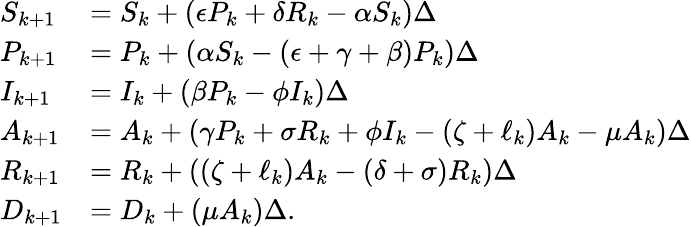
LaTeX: \begin{array}{ll}{S_{k+1}}&{=S_{k}+(\epsilon P_{k}+\delta R_{k}-\alpha S_{k})\Delta}\\ {P_{k+1}}&{=P_{k}+(\alpha S_{k}-(\epsilon+\gamma+\beta)P_{k})\Delta}\\ {I_{k+1}}&{=I_{k}+(\beta P_{k}-\phi I_{k})\Delta}\\ {A_{k+1}}&{=A_{k}+(\gamma P_{k}+\sigma R_{k}+\phi I_{k}-\left(\zeta+\ell_{k}\right)A_{k}-\mu A_{k})\Delta}\\ {R_{k+1}}&{=R_{k}+\left(\left(\zeta+\ell_{k}\right)A_{k}-(\delta+\sigma)R_{k}\right)\Delta}\\ {D_{k+1}}&{=D_{k}+(\mu A_{k})\Delta.}\end{array}